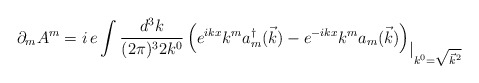
\begin{align*}\partial_m A^m =i\,e \int\frac{d^3k}{(2\pi)^3 2 k^0}\left(e^{ikx}k^m a_m^\dagger(\vec{k}) -e^{-ikx}k^m a_m(\vec{k})\right)_{\displaystyle |_{k^0 = \sqrt{\vec{k}^2}}}\end{align*}